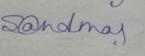
Signature authenticity: genuine